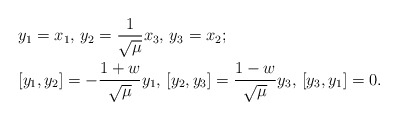
\begin{align*}&y_1=x_1, \, y_2=\frac{1}{\sqrt{\mu}}x_3, \, y_3=x_2;\\&[y_1,y_2]=-\frac{1+w}{\sqrt{\mu}}y_1, \,[y_2,y_3]=\frac{1-w}{\sqrt{\mu}}y_3, \,[y_3,y_1]=0.\end{align*}